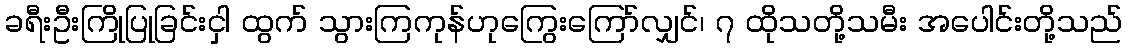
ခရီးဦးကြိုပြုခြင်းငှါ ထွက် သွားကြကုန်ဟုကြွေးကြော်လျှင်၊ ၇ ထိုသတို့သမီး အပေါင်းတို့သည်